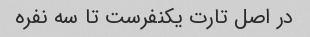
در اصل تارت یکنفرست تا سه نفره